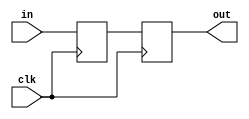
// Delay a bit signal 2 clock cycles
// version with temporary variable to show how non-blocking assignments work
module delaybit_2tic (
    input clk,
    input in,
    output reg out
);

reg tmp;

always @(posedge clk) begin
    tmp <= in;
    out <= tmp;
end

endmodule